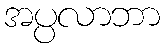
အပ္ပလာဘာ